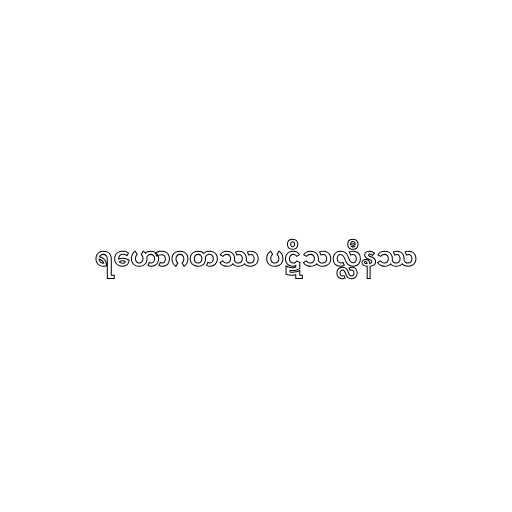
ရဟောဂတဿ ပဋိသလ္လီနဿ